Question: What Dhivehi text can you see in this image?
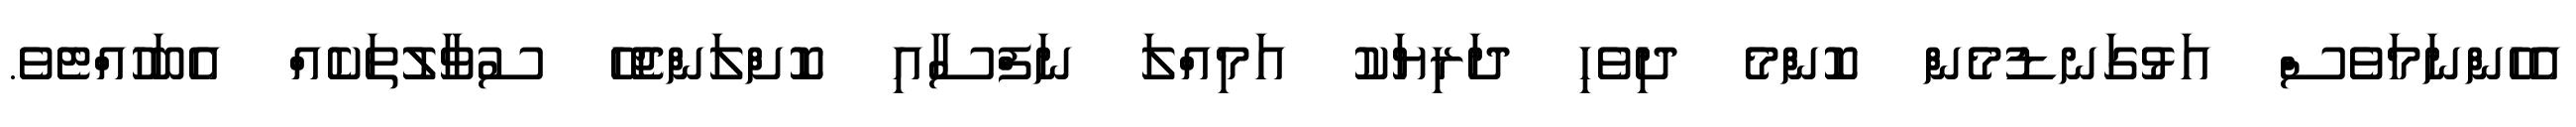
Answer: އެހެންނަމަވެސް އަޅުގަނޑުމެން ކޮންމެ ދިވެހި ދަރިޔަކު އަމިއްލަ ނަފްސާއި ކޮށްލަންޖެހޭ ސުވާލުތަކެއް އެބަހުއްޓެވެ.